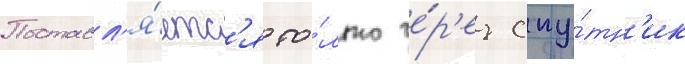
Поставл'я́етс'я то́лько че́р'ез спу́тн'ик